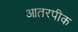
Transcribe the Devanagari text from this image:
आतरपीक